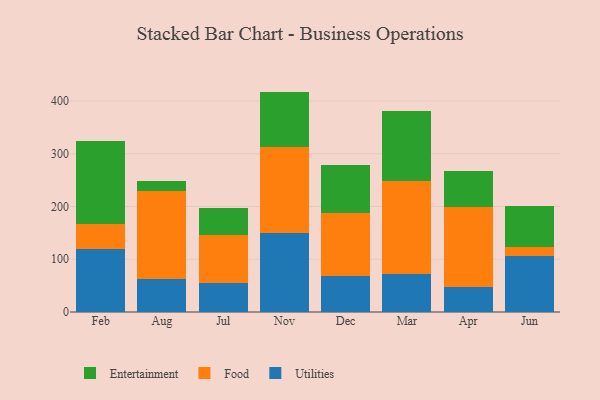
{"axis": {"x": "Month", "y": "Revenue (USD Million)"}, "legend": ["Entertainment", "Food", "Utilities"], "data": [{"x": "Feb", "y": 119.9, "type": "Utilities"}, {"x": "Feb", "y": 47.8, "type": "Food"}, {"x": "Feb", "y": 155.8, "type": "Entertainment"}, {"x": "Aug", "y": 61.8, "type": "Utilities"}, {"x": "Aug", "y": 166.7, "type": "Food"}, {"x": "Aug", "y": 20.3, "type": "Entertainment"}, {"x": "Jul", "y": 55.6, "type": "Utilities"}, {"x": "Jul", "y": 89.7, "type": "Food"}, {"x": "Jul", "y": 51.0, "type": "Entertainment"}, {"x": "Nov", "y": 150.7, "type": "Utilities"}, {"x": "Nov", "y": 163.1, "type": "Food"}, {"x": "Nov", "y": 104.1, "type": "Entertainment"}, {"x": "Dec", "y": 68.8, "type": "Utilities"}, {"x": "Dec", "y": 118.6, "type": "Food"}, {"x": "Dec", "y": 91.1, "type": "Entertainment"}, {"x": "Mar", "y": 71.9, "type": "Utilities"}, {"x": "Mar", "y": 176.6, "type": "Food"}, {"x": "Mar", "y": 132.2, "type": "Entertainment"}, {"x": "Apr", "y": 47.4, "type": "Utilities"}, {"x": "Apr", "y": 152.0, "type": "Food"}, {"x": "Apr", "y": 68.4, "type": "Entertainment"}, {"x": "Jun", "y": 106.1, "type": "Utilities"}, {"x": "Jun", "y": 16.6, "type": "Food"}, {"x": "Jun", "y": 78.9, "type": "Entertainment"}]}